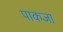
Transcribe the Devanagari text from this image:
पाकजा